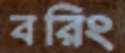
বরিং